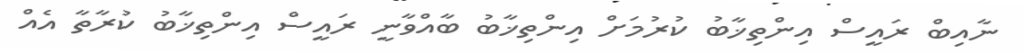
ނާއިބް ރައީސް އިންތިޚާބު ކުރުމަށް އިންތިޚާބު ބާއްވާނީ ރައީސް އިންތިޚާބު ކުރާތާ އެއް